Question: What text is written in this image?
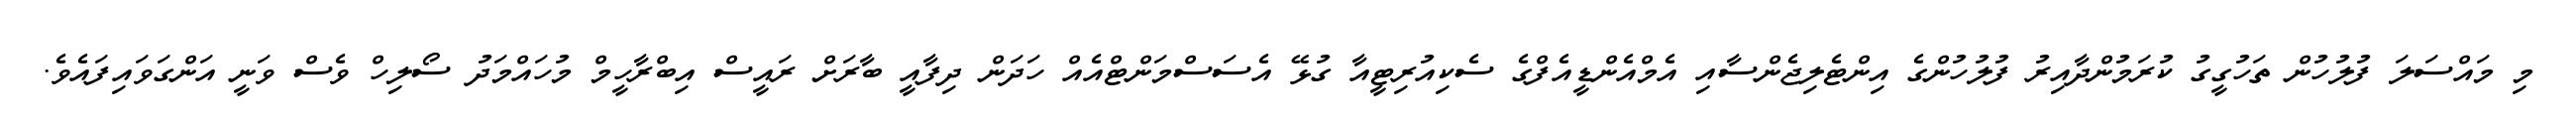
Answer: މި މައްސަލަ ފުލުހުން ތަހުގީގު ކުރަމުންދާއިރު ފުލުހުންގެ އިންޓެލިޖެންސާއި އެމްއެންޑީއެފްގެ ސެކިއުރިޓީއާ ގުޅޭ އެސަސްމަންޓްއެއް ހަދަން ދިފާއީ ބާރަށް ރައީސް އިބްރާހީމް މުހައްމަދު ސޯލިހް ވެސް ވަނީ އަންގަވައިފައެވެ.